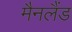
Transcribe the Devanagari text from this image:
मैनलैंड